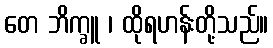
တေ ဘိက္ခူ ၊ ထိုရဟန်းတို့သည်။